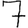
Digit: 7